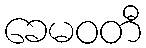
ခေမဝတီ